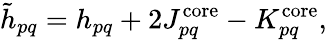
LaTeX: \tilde{h}_{pq}=h_{pq}+2J_{pq}^{\mathrm{core}}-K_{pq}^{\mathrm{core}},